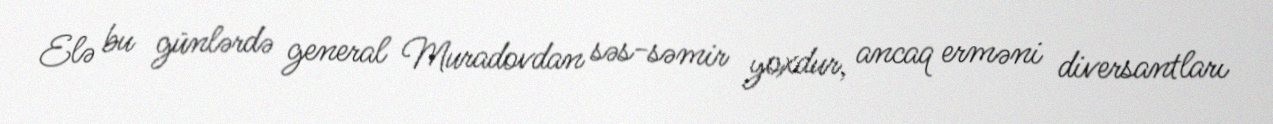
Elə bu günlərdə general Muradovdan səs-səmir yoxdur, ancaq erməni diversantları